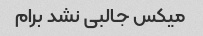
میکس جالبی نشد برام